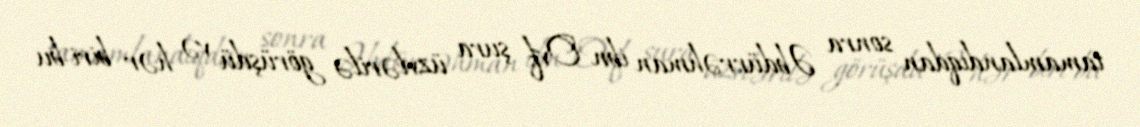
tamamlandıqdan sonra Əbdürrəhman ibn Ovf şura üzvlərilə görüşdü və hər biri bu